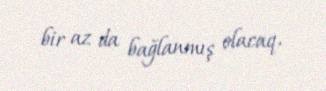
bir az da bağlanmış olacaq.